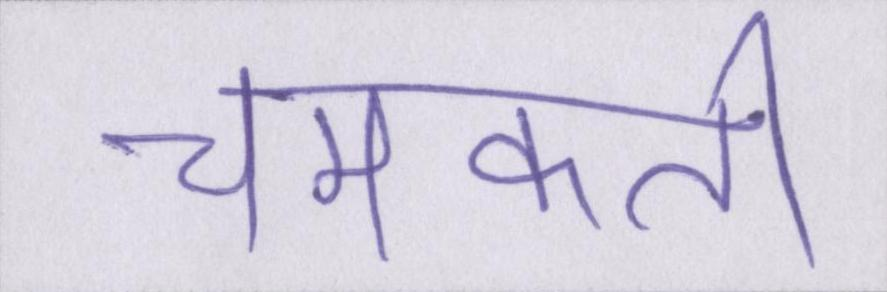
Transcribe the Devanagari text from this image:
चमकती